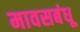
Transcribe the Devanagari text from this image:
मावसबंधू